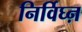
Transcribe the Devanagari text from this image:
निर्विघ्ऩ